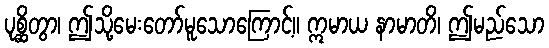
ပုစ္ဆိတွာ၊ ဤသို့မေးတော်မူသောကြောင့်။ ဣမာယ နာမာတိ၊ ဤမည်သော